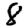
Digit: 8